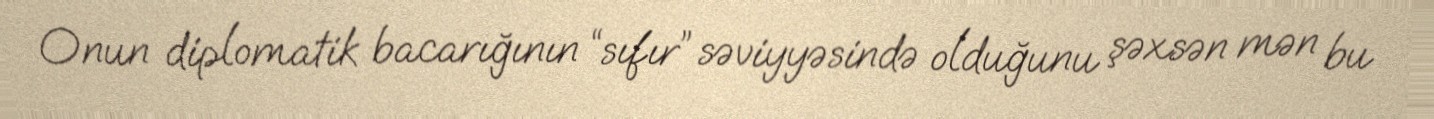
Onun diplomatik bacarığının “sıfır” səviyyəsində olduğunu şəxsən mən bu